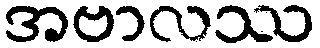
အဗာလဿ